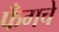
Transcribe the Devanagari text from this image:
फँगचे